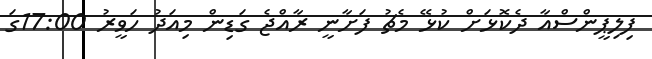
ފިލިޕީންސްއާ ދެކޮޅަށް ކުޅޭ މެޗު ފަށާނީ ރާއްޖެ ގަޑިން މިއަދު ހަވީރު 17:00ގަ